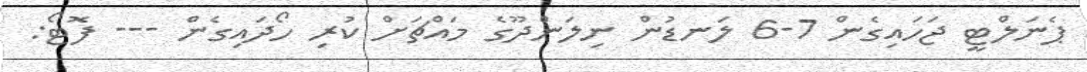
ޕެނަލްޓީ ޖަހައިގެން 7-6 ލަނޑުން ނިލަންދޫގެ މައްޗަށް ކުރި ހޯދައިގެން --- ފޮޓޯ: